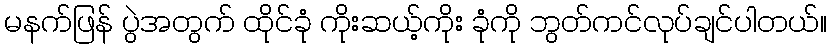
မနက်ဖြန် ပွဲအတွက် ထိုင်ခုံ ကိုးဆယ့်ကိုး ခုံကို ဘွတ်ကင်လုပ်ချင်ပါတယ်။